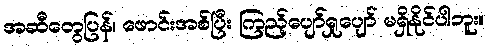
အဆီတွေပြန်၊ ဖောင်းအစ်ပြီး ကြည့်ပျော်ရှုပျော် မရှိနိုင်ပါဘူး။